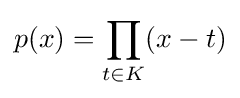
p(x)=\prod \limits _{t\in K}(x-t)